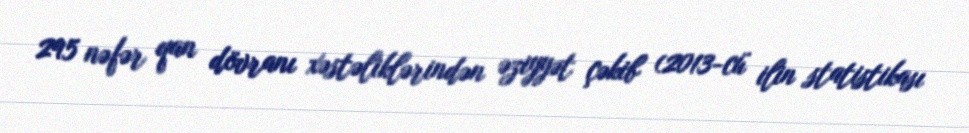
295 nəfər qan dövranı xəstəliklərindən əziyyət çəkib (2013-cü ilin statistikası